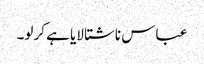
عباس ناشتا لایا ہے کرلو۔